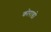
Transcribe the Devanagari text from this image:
कोराडो